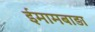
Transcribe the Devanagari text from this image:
ईमामबाड़ा